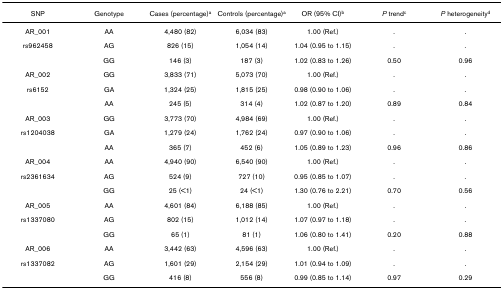
| SNP | Genotype | Cases (percentage)a | Controls (percentage)a | OR (95% CI)b | P trendc | P heterogeneityd |
 | --- | --- | --- | --- | --- | --- | --- |
 | AR_001 | AA | 4,480 (82) | 6,034 (83) | 1.00 (Ref.) | . | . |
 | rs962458 | AG | 826 (15) | 1,054 (14) | 1.04 (0.95 to 1.15) | . | . |
 |  | GG | 146 (3) | 187 (3) | 1.02 (0.83 to 1.26) | 0.50 | 0.96 |
 | AR_002 | GG | 3,833 (71) | 5,073 (70) | 1.00 (Ref.) | . | . |
 | rs6152 | GA | 1,324 (25) | 1,815 (25) | 0.98 (0.90 to 1.06) | . | . |
 |  | AA | 245 (5) | 314 (4) | 1.02 (0.87 to 1.20) | 0.89 | 0.84 |
 | AR_003 | GG | 3,773 (70) | 4,984 (69) | 1.00 (Ref.) | . | . |
 | rs1204038 | GA | 1,279 (24) | 1,762 (24) | 0.97 (0.90 to 1.06) | . | . |
 |  | AA | 365 (7) | 452 (6) | 1.05 (0.89 to 1.23) | 0.96 | 0.86 |
 | AR_004 | AA | 4,940 (90) | 6,540 (90) | 1.00 (Ref.) | . | . |
 | rs2361634 | AG | 524 (9) | 727 (10) | 0.95 (0.85 to 1.07) | . | . |
 |  | GG | 25 (<1) | 24 (<1) | 1.30 (0.76 to 2.21) | 0.70 | 0.56 |
 | AR_005 | AA | 4,601 (84) | 6,188 (85) | 1.00 (Ref.) | . | . |
 | rs1337080 | AG | 802 (15) | 1,012 (14) | 1.07 (0.97 to 1.18) | . | . |
 |  | GG | 65 (1) | 81 (1) | 1.06 (0.80 to 1.41) | 0.20 | 0.88 |
 | AR_006 | AA | 3,442 (63) | 4,596 (63) | 1.00 (Ref.) | . | . |
 | rs1337082 | AG | 1,601 (29) | 2,154 (29) | 1.01 (0.94 to 1.09) | . | . |
 |  | GG | 416 (8) | 556 (8) | 0.99 (0.85 to 1.14) | 0.97 | 0.29 |